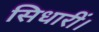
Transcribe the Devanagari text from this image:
सिधारीं।